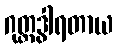
ဂုတ္တဒွါရတာယ